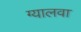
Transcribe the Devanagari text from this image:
ग्यालवा